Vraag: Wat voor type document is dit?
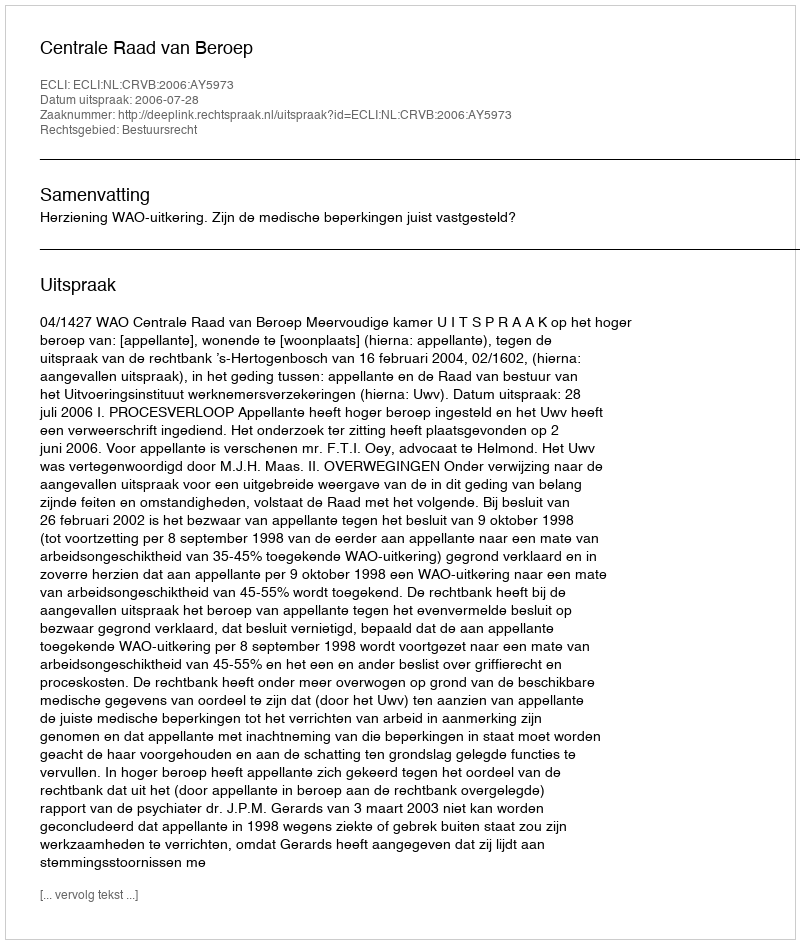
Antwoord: Uitspraak